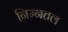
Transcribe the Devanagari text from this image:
निम्नतल